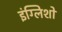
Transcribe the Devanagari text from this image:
इंग्लिशों